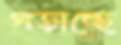
গড়াচ্ছে